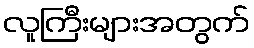
လူကြီးများအတွက်